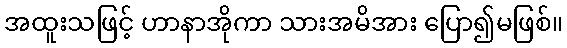
အထူးသဖြင့် ဟာနာအိုကာ သားအမိအား ပြော၍မဖြစ်။